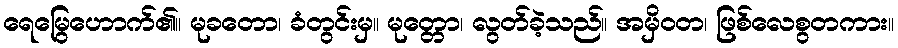
ရေမြွေဟောက်၏။ မုခတော၊ ခံတွင်းမှ။ မုတ္တော၊ လွတ်ခဲ့သည်။ အမှိဝတ၊ ဖြစ်လေစွတကား။